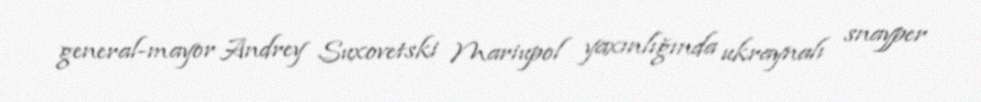
general-mayor Andrey Suxovetski Mariupol yaxınlığında ukraynalı snayper